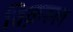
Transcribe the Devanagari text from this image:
विक़रुल